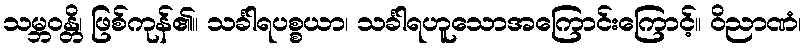
သမ္ဘဝန္တိ၊ ဖြစ်ကုန်၏။ သင်္ခါရပစ္စယာ၊ သင်္ခါရဟူသောအကြောင်းကြောင့်။ ဝိညာဏံ၊